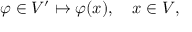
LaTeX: \varphi \in V ^ { \prime } \mapsto \varphi ( x ) , \quad x \in V ,